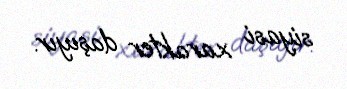
siyasi xarakter daşıyır.